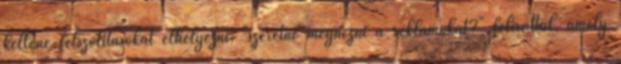
kellene felszólításokat elhelyezni, "szeretné megnézni a reklámokat?" felirattal, amely